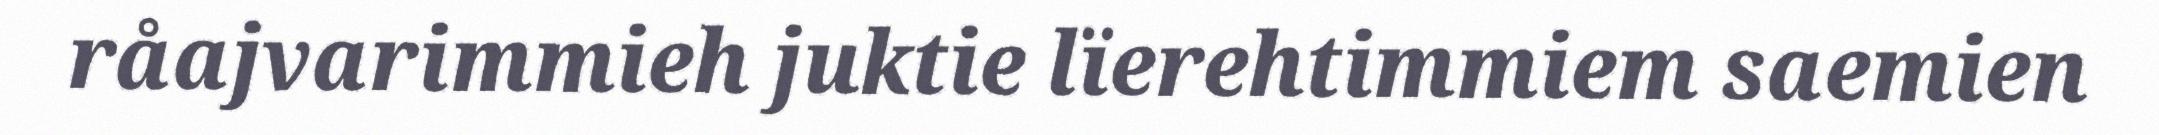
råajvarimmieh juktie lïerehtimmiem saemien